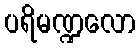
ပရိမဏ္ဍလော